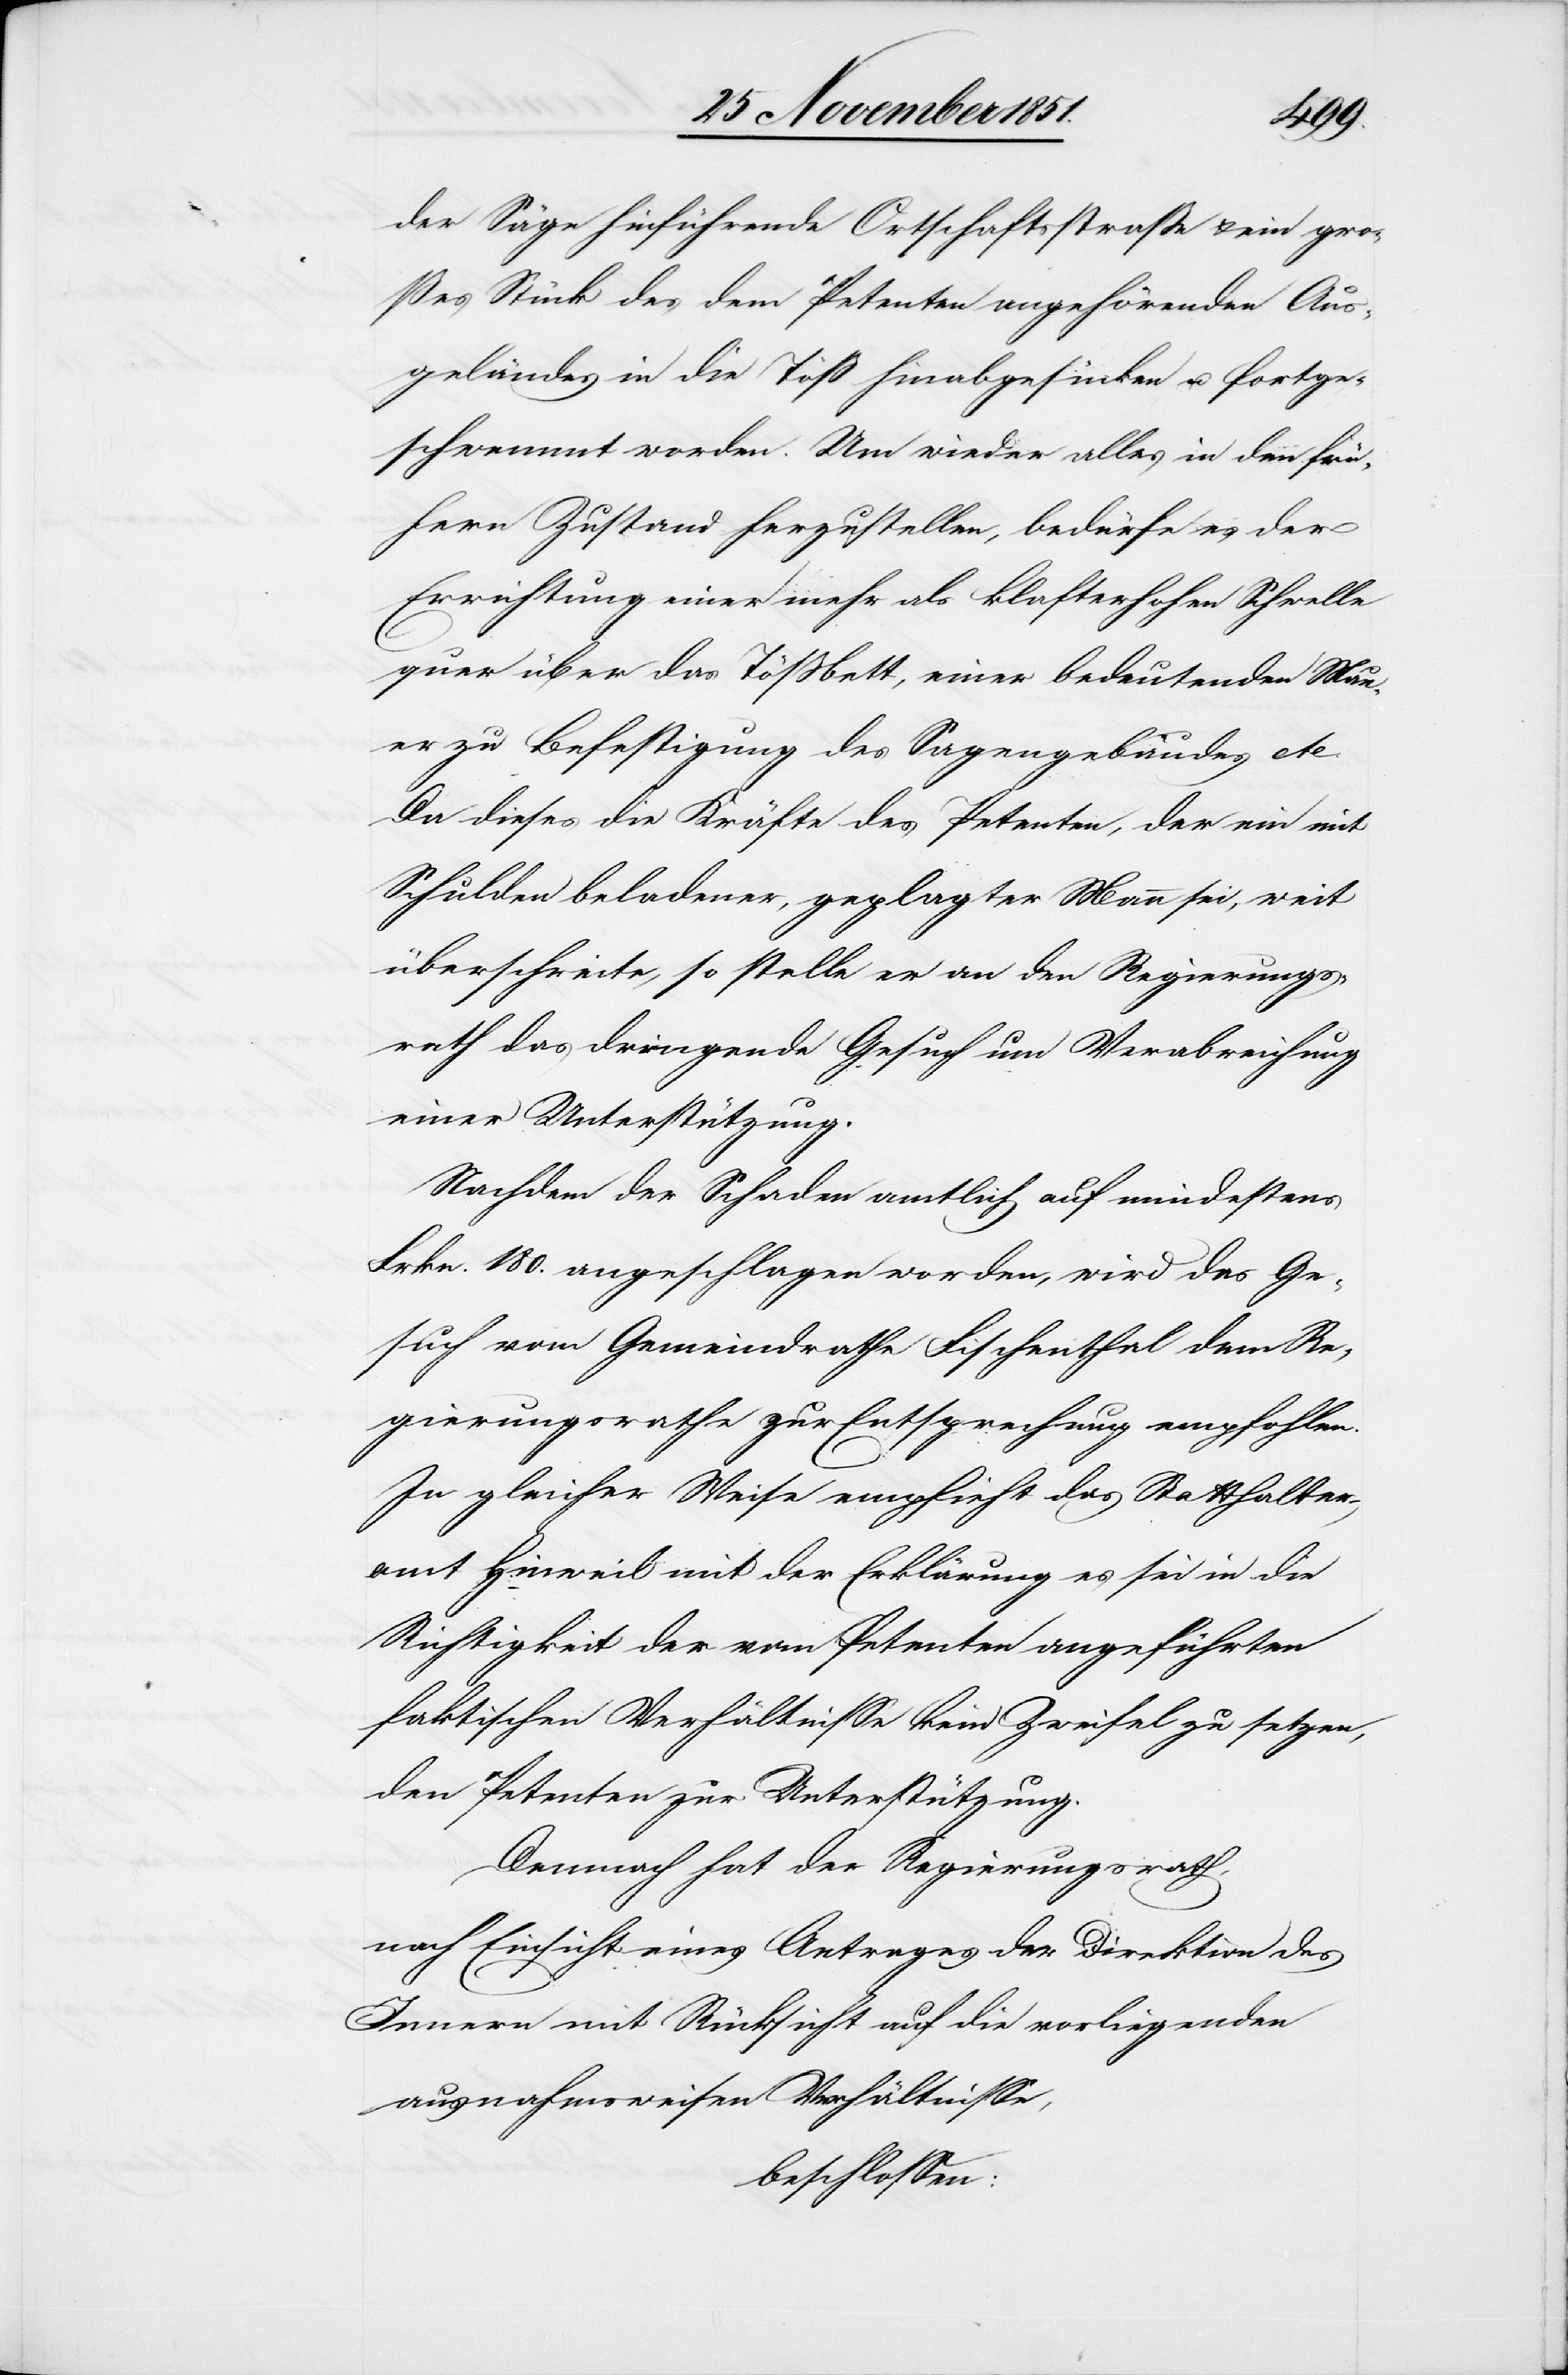
fortge¬
der Säge hinführende Ortschaftsstraße & ein gro¬
ßes Stück des dem Petenten angehörenden Aus¬
geländes in die Töß hinabgesinken [sic!]
schwemmt worden. Um wieder alles in den frü¬
hern Zustand herzustellen, bedürfe es der
Errichtung einer mehr als klafterhohen Schwelle
quer über das Tößbett, einer bedeutenden Mau¬
er zu Befestigung des Sagengebäudes etc.
Da dieses die Kräfte des Petenten, der ein mit
Schulden beladener, geplagter Mann sei, weit
überschreite, so stelle er an den Regierungs¬
rath das dringende Gesuch um Verabreichung
einer Unterstützung.
Nachdem der Schaden amtlich auf mindestens
Frkn. 180. angeschlagen worden, wird das Ge¬
such vom Gemeindrathe Fischenthal dem Re¬
gierungsrathe zur Entsprechung empfohlen.
In gleicher Weise empfieh[l]t das Statthalter¬
amt Hinweil mit der Erklärung es sei in die
Richtigkeit der vom Petenten angeführten
faktischen Verhältnisse kein Zweifel zu setzen,
den Petenten zur Unterstützung.
Demnach hat der Regierungsrath,
nach Einsicht eines Antrages der Direktion des
Innern mit Rücksicht auf die vorliegenden
ausnahmsweisen Verhältnisse,
beschlossen: